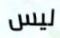
ليس